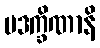
ပဒက္ခိဏာနိ